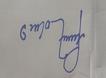
Signature authenticity: forged